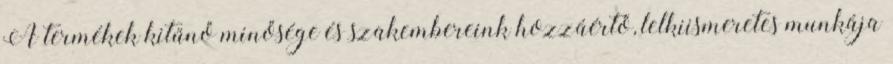
A termékek kitűnő minősége és szakembereink hozzáértő, lelkiismeretes munkája